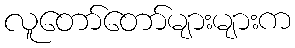
လူတော်တော်များများက